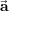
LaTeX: \vec { \mathbf { a } }